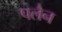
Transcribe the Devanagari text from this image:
पलैन